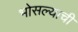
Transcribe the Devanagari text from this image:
भोसल्याची